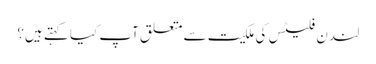
لندن فلیٹس کی ملکیت سے متعلق آپ کیا کہتے ہیں؟